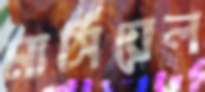
মার্সিয়েল